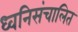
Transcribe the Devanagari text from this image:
ध्वनिसंचालित